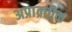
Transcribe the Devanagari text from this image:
अप्राक्र्तीक